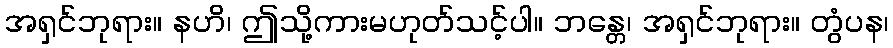
အရှင်ဘုရား။ နဟိ၊ ဤသို့ကားမဟုတ်သင့်ပါ။ ဘန္တေ၊ အရှင်ဘုရား။ တွံပန၊